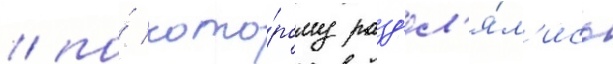
/ по́ кото́рому разд'ел'я́л'ись